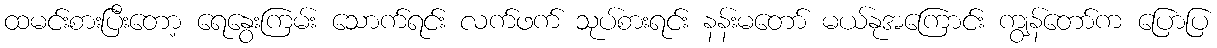
ထမင်းစားပြီးတော့ ရေနွေးကြမ်း သောက်ရင်း လက်ဖက် သုပ်စားရင်း နန်းမတော် မယ်နုအကြောင်း ကျွန်တော်က ပြောပြ